Report of the Indian Hemp Drugs Commission, 1894-1895 - Volume IV
Year: 1894
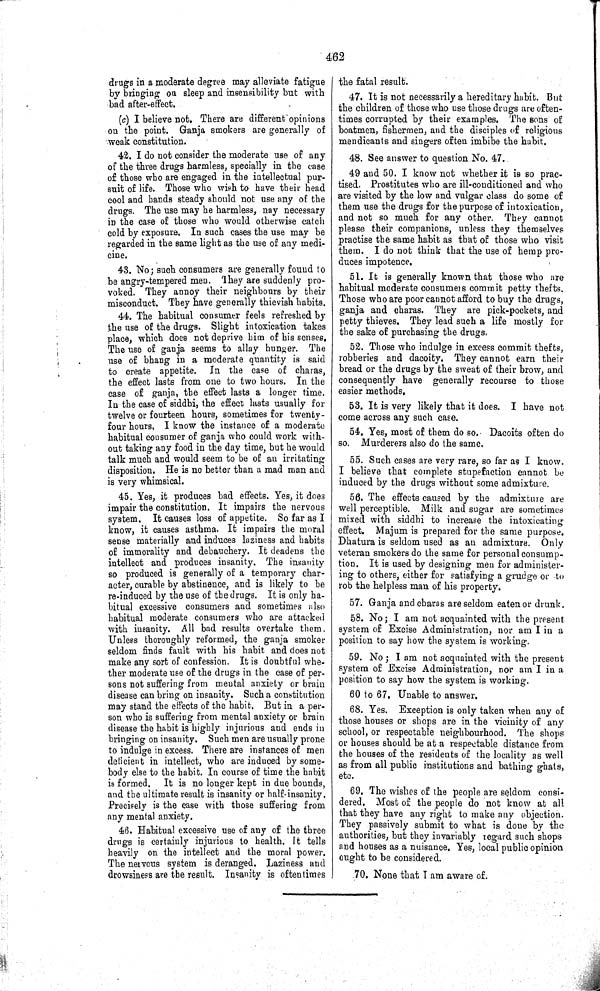
462
drugs in a moderate degree may alleviate fatigue
by bringing on sleep and insensibility but with
bad after-effect.
(c) I believe not. There are different opinions
on the point. Ganja smokers are generally of
weak constitution.
42. I do not consider the moderate use of any
of the three drugs harmless, specially in the case
of those who are engaged in the intellectual pur-
suit of life. Those who wish to have their head
cool and hands steady should not use any of the
drugs. The use may he harmless, nay necessary
in the case of those who would otherwise catch
cold by exposure. In such cases the use may be
regarded in the same light as the use of any medi-
cine.
43. No; such consumers are generally found to
be angry-tempered men. They are suddenly pro-
voked. They annoy their neighbours by their
misconduct. They have generally thievish habits.
44. The habitual consumer feels refreshed by
the use of the drugs. Slight intoxication takes
place, which does not deprive him of his senses.
The use of ganja seems to allay hunger. The
use of bhang in a moderate quantity is said
to create appetite. In the case of charas,
the effect lasts from one to two hours. In the
case of ganja, the effect lasts a longer time.
In the case of siddhi, the effect lasts usually for
twelve or fourteen hours, sometimes for twenty-
four hours. I know the instance of a moderate
habitual consumer of ganja who could work with-
out taking any food in the day time, but he would
talk much and would seem to be of an irritating
disposition. He is no better than a mad man and
is very whimsical.
45. Yes, it produces bad effects. Yes, it does
impair the constitution. It impairs the nervous
system. It causes loss of appetite. So far as I
know, it causes asthma. It impairs the moral
sense materially and induces laziness and habits
of immorality and debauchery. It deadens the
intellect and produces insanity. The insanity
so produced is generally of a temporary char-
acter, curable by abstinence, and is likely to be
re-induced by the use of the drugs. It is only ha-
bitual excessive consumers and sometimes also
habitual moderate consumers who are attacked
with insanity. All bad results overtake them.
Unless thoroughly reformed, the ganja smoker
seldom finds fault with his habit and does not
make any sort of confession. It is doubtful whe-
ther moderate use of the drugs in the case of per-
sons not suffering from mental anxiety or brain
disease can bring on insanity. Such a constitution
may stand the effects of the habit. But in a per-
son who is suffering from mental anxiety or brain
disease the habit is highly injurious and ends in
bringing on insanity. Such men are usually prone
to indulge in excess. There are instances of men
deficient in intellect, who are induced by some-
body else to the habit. In course of time the habit
is formed. It is no longer kept in due bounds,
and the ultimate result is insanity or half-insanity.
Precisely is the case with those suffering from
any mental anxiety.
46. Habitual excessive use of any of the three
drugs is certainly injurious to health. It tells
heavily on the intellect and the moral power.
The nervous system is deranged. Laziness and
drowsiness are the result. Insanity is oftentimes
the fatal result.
47. It is not necessarily a hereditary habit. But
the children of those who use those drugs are often-
times corrupted by their examples. The sons of
boatmen, fishermen, and the disciples of religious
mendicants and singers often imbibe the habit.
48. See answer to question No. 47.
49 and 50. I know not whether it is so prac-
tised. Prostitutes who are ill-conditioned and who
are visited by the low and vulgar class do some of
them use the drugs for the purpose of intoxication,
and not so much for any other. They cannot
please their companions, unless they themselves
practise the same habit as that of those who visit
them. I do not think that the use of hemp pro-
duces impotence.
51. It is generally known that those who are
habitual moderate consumers commit petty thefts.
Those who are poor cannot afford to buy the drugs,
ganja and charas. They are pick-pockets, and
petty thieves. They lead such a life mostly for
the sake of purchasing the drugs.
52. Those who indulge in excess commit thefts,
robberies and dacoity. They cannot earn their
bread or the drugs by the sweat of their brow, and
consequently have generally recourse to those
easier methods.
53. It is very likely that it does. I have not
come across any such case.
54. Yes, most of them do so. Dacoits often do
so. Murderers also do the same.
55. Such cases are very rare, so far as I know.
I believe that complete stupefaction cannot be
induced by the drugs without some admixture.
56. The effects caused by the admixture are
well perceptible. Milk and sugar are sometimes
mixed with siddhi to increase the intoxicating
effect. Majum is prepared for the same purpose.
Dhatura is seldom used as an admixture. Only
veteran smokers do the same for personal consump-
tion. It is used by designing men for administer-
ing to others, either for satisfying a grudge or to
rob the helpless man of his property.
57. Ganja and charas are seldom eaten or drunk.
58. No; I am not acquainted with the present
system of Excise Administration, nor am I in a
position to say how the system is working.
59. No; I am not acquainted with the present
system of Excise Administration, nor am I in a
position to say how the system is working.
60 to 67. Unable to answer.
68. Yes. Exception is only taken when any of
those houses or shops are in the vicinity of any
school, or respectable neighbourhood. The shops
or houses should be at a respectable distance from
the houses of the residents of the locality as well
as from all public institutions and bathing ghats,
etc.
69. The wishes of the people are seldom consi-
dered. Most of the people do not know at all
that they have any right to make any objection.
They passively submit to what is done by the
authorities, but they invariably regard such shops
and houses as a nuisance. Yes, local public opinion
ought to be considered.
70. None that I am aware of.